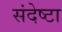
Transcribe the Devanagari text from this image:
संदेष्टा